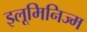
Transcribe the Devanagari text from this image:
इलूमिनिज्म